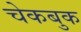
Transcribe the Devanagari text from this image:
चेकबुक